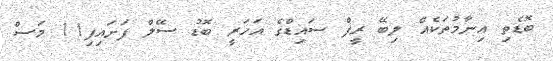
ބޮޑެތި އިނާމުތަކެއް ލިބޭ ރީފް ސައިޑްގެ އަހަރީ ބޮޑު ސޭލް ފަށައިފި11 މަސް